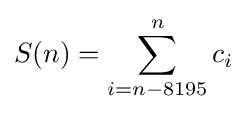
S(n)=\sum _{i=n-8195}^{n}c_{i}